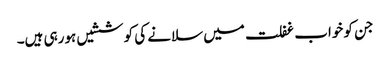
جن کو خواب غفلت میں سلانے کی کوششیں ہورہی ہیں۔